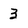
Character: 3